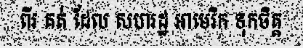
ពីរ គត់ ដែល សហរដ្ឋ អាមេរិក ទុកចិត្ត